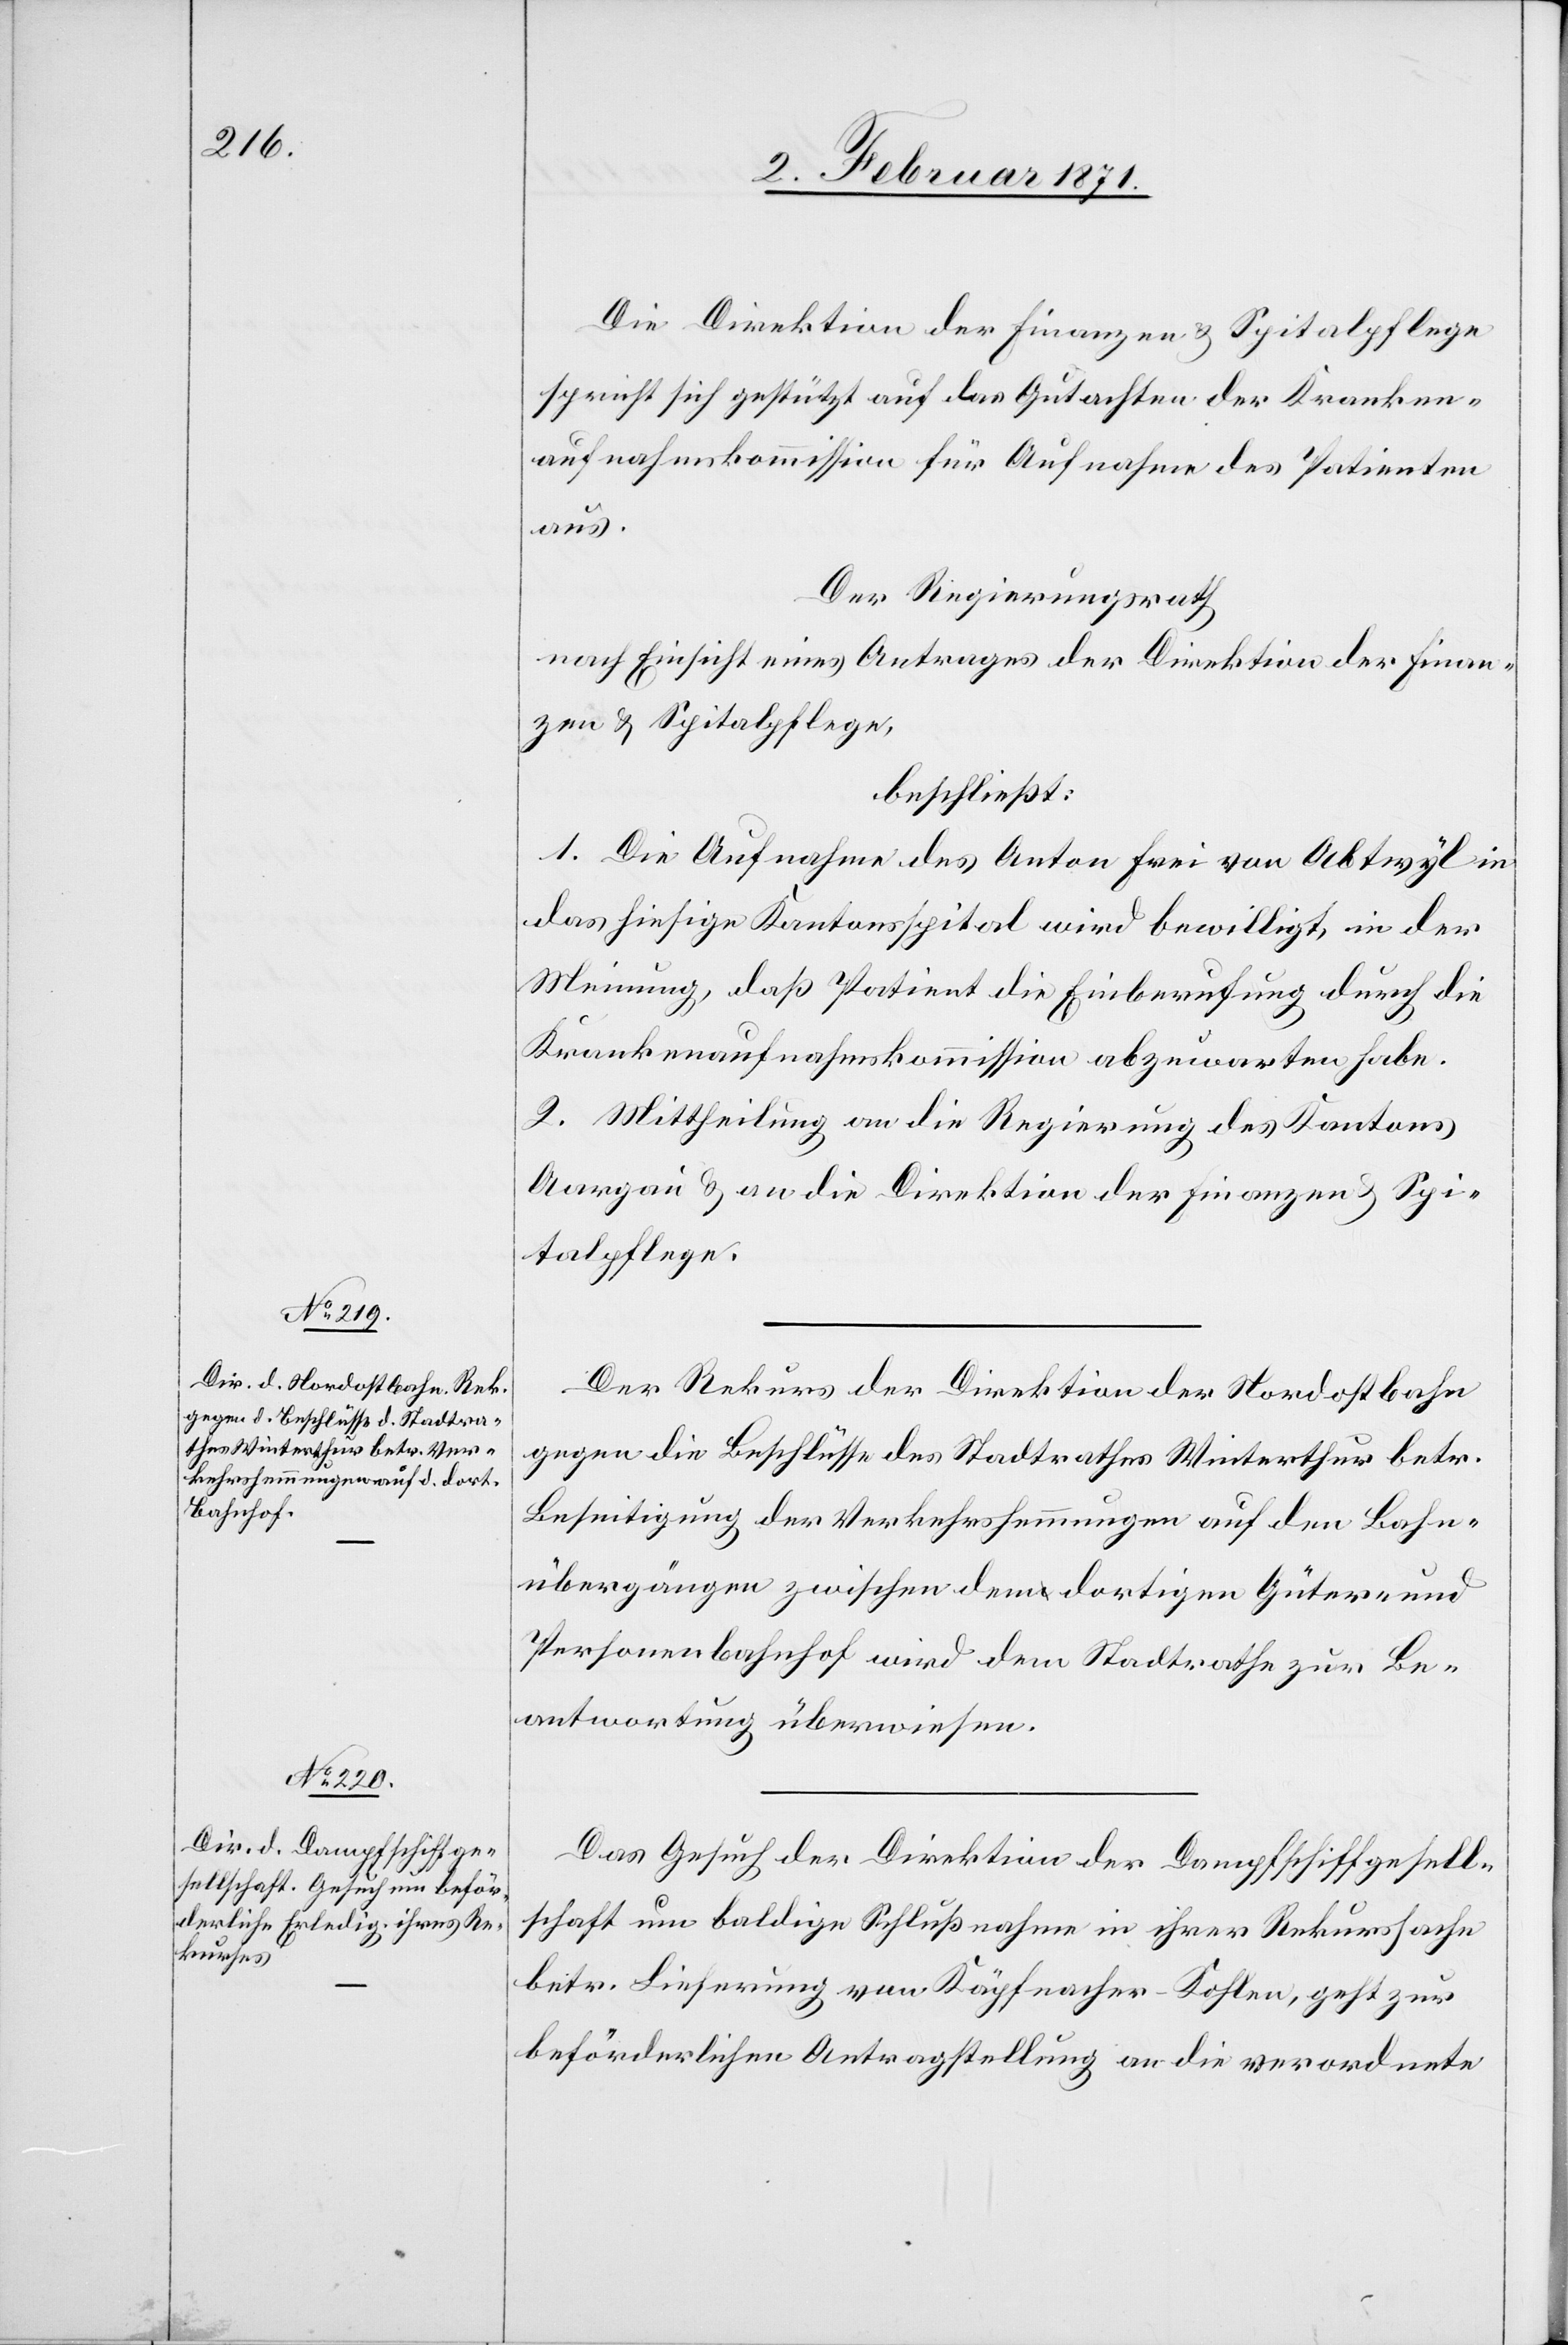
2. Februar 1871.]
Die Direktion der Finanzen u. Spitalpflege
spricht sich gestützt auf das Gutachten der Kranken¬
aufnahmekommission für Aufnahme des Patienten
aus.
Der Regierungsrath
nach Einsicht eines Antrages der Direktion der Finan¬
zen u. Spitalpflege,
beschließt:
1. Die Aufnahme des Anton Frei von Abtwyl in
das hiesige Kantonsspital wird bewilligt, in der
Meinung, daß Patient die Einberufung durch die
Krankenaufnahmskommission abzuwarten habe.
2. Mittheilung an die Regierung des Kantons
Aargau u. an die Direktion der Finanzen u. Spi¬
talpflege.
Der Rekurs der Direktion der Nordostbahn
gegen die Beschlüsse des Stadtrathes Winterthur betr.
Beseitigung der Verkehrshemmungen auf den Bahn¬
übergängen zwischen dem dortigen Güter- und
Personenbahnhof wird dem Stadtrathe zur Be¬
antwortung überwiesen.
Das Gesuch der Direktion der Dampfschiffgesell¬
schaft um baldige Schlußnahme in ihrer Rekurssache
betr. Lieferung von Käpfnacher-Kohlen, geht zur
beförderlichen Antragstellung an die verordnete